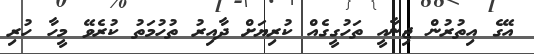
އޭގެ އިތުރުން ޖިނާއީ ތަހުގީގެއް ކުރިޔަށް ދާއިރު ތުހުމަތު ކުރެވޭ މީހާ ހުރި